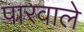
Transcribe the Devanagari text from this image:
पारवाले